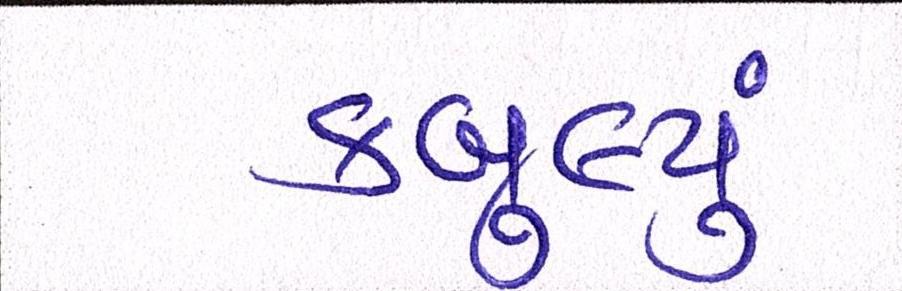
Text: કબુલ્યું